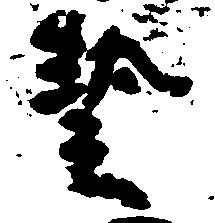
芸